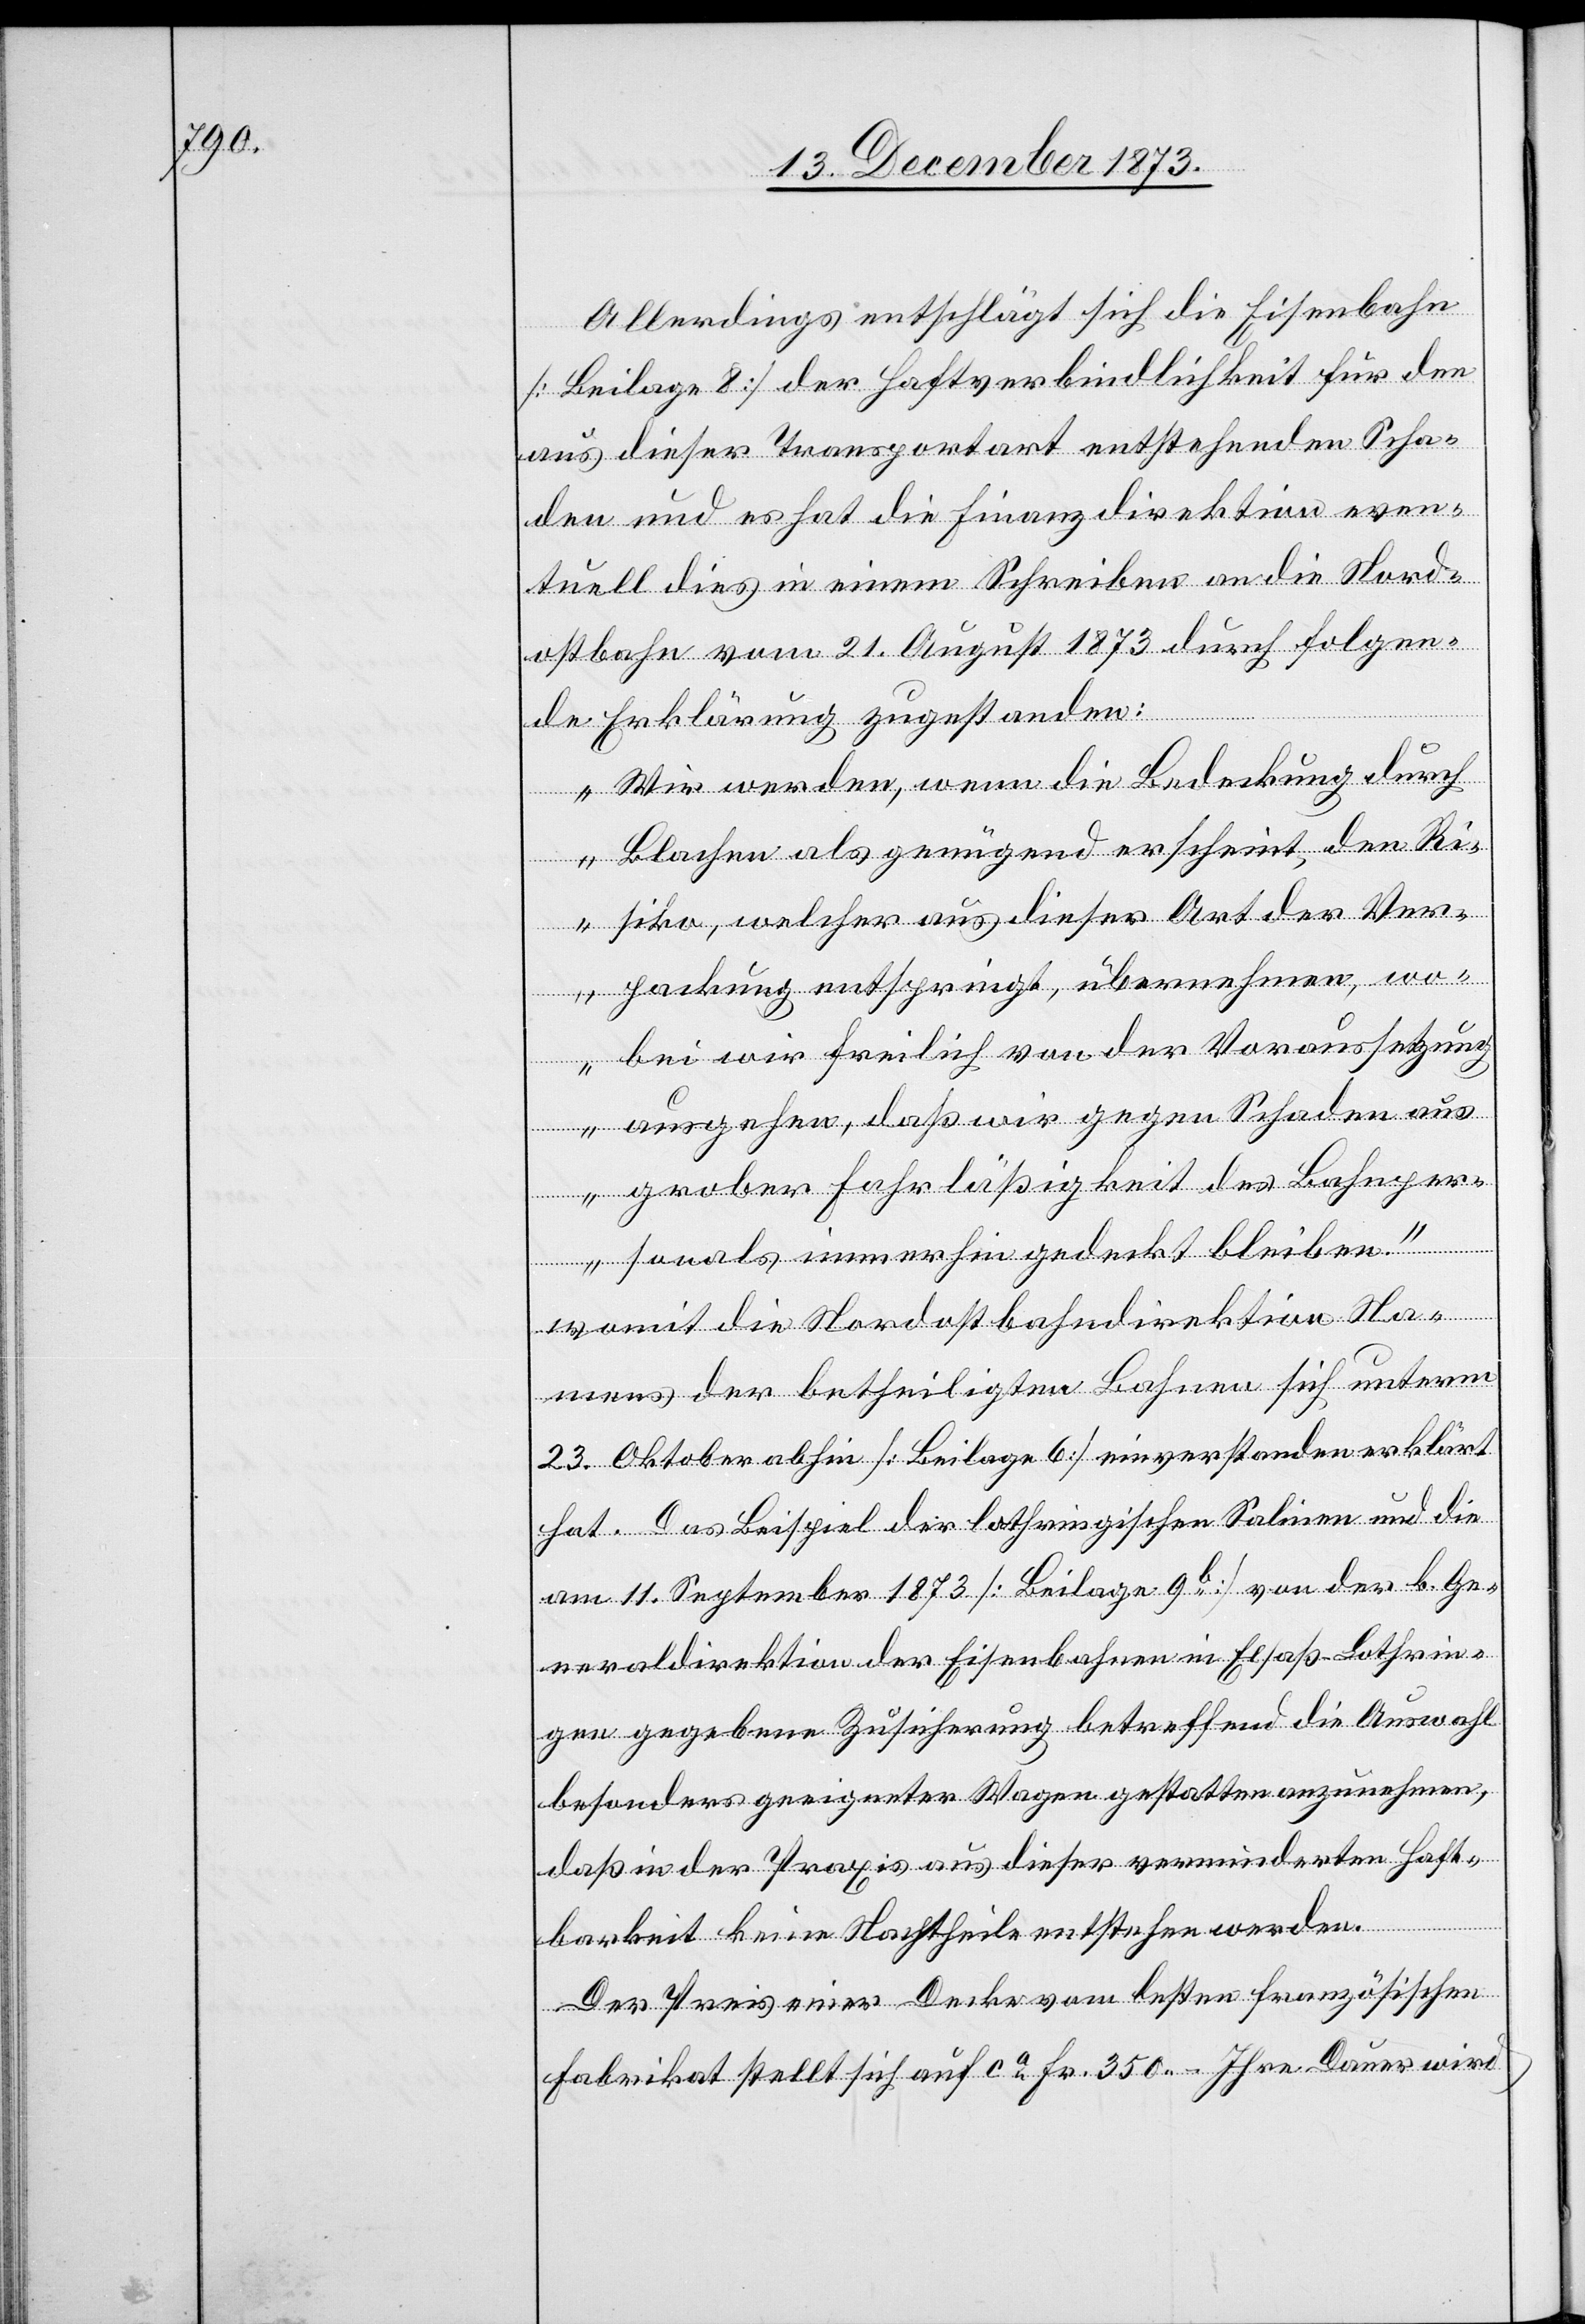
Allerdings entschlägt sich die Eisenbahn
[Beilage 8] der Haftverbindlichkeit für den
aus dieser Transportart entstehenden Scha¬
den und es hat die Finanzdirektion even¬
tuell dies in einem Schreiben an die Nord¬
ostbahn vom 21. August 1873 durch folgen¬
de Erklärung zugestanden:
„Wir werden, wenn die Bedeckung durch
Blachen als genügend erscheint, den Ri¬
siko, welcher aus dieser Art der Ver¬
packung entspringt, übernehmen, wo¬
bei wir freilich von der Voraussetzun¬
g ausgehen, daß wir gegen Schaden aus
grober Fahrläßigkeit des Bahnper¬
sonals immerhin gedeckt bleiben.“
womit die Nordostbahndirektion Na¬
mens der betheiligten Bahnen sich unterm
23. Oktober abhin [Beilage 6] einverstanden erklärt
hat. Das Beispiel der lothringischen Salinen und die
am 11. September 1873 [Beilage 9b] von der k. Ge¬
neraldirektion der Eisenbahnen in Elsaß-Lothrin¬
gen gegebene Zusicherung betreffend die Auswahl
besonders geeigneter Wagen gestatten anzunehmen,
daß in der Praxis aus dieser verminderten Haft¬
barkeit keine Nachtheile entstehen werden.
Der Preis einer Decke vom besten französischen
Fabrikat stellt sich auf ca Fr. 350 – Ihre Dauer wird